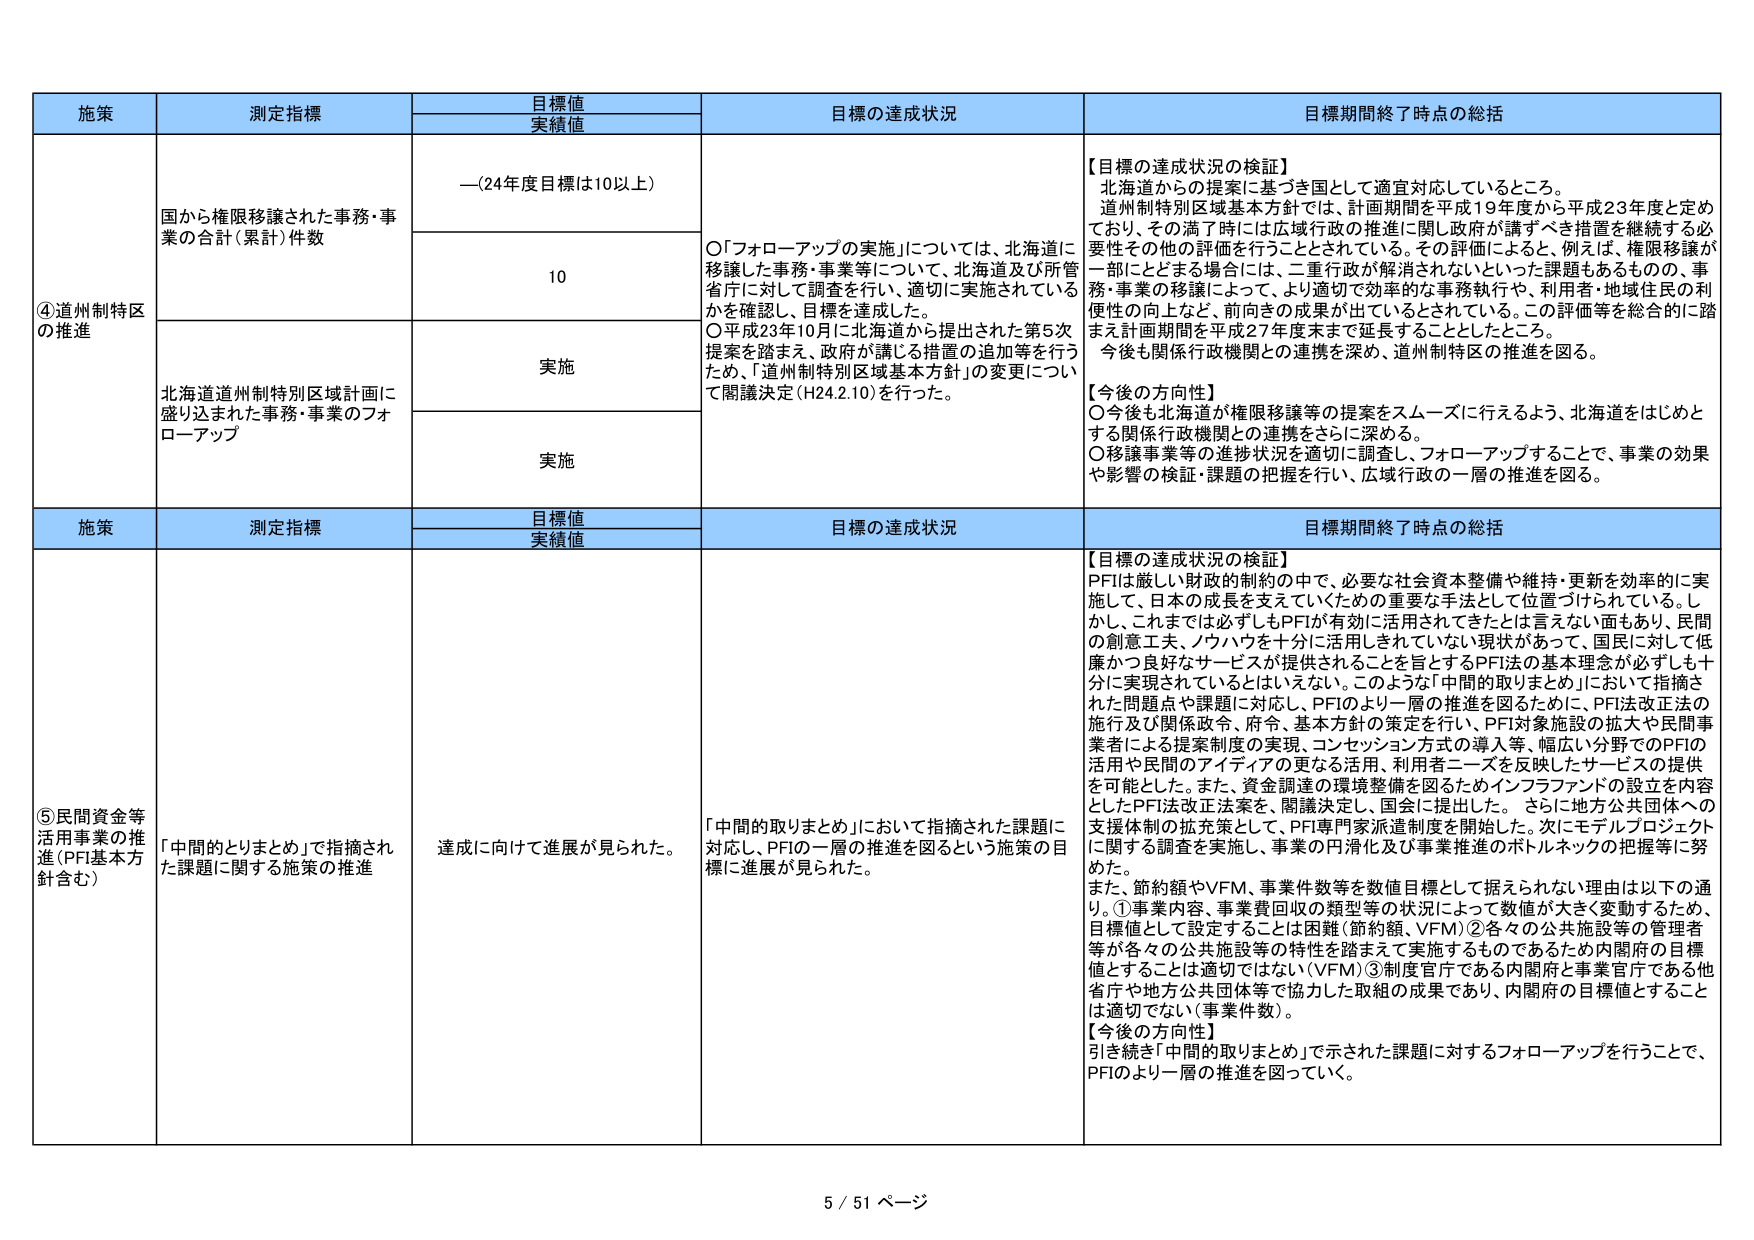
施策 測定指標 目標値 実績値 目標の達成状況 目標期間終了時点の総括
④道州制特区の推進 国から権限移譲された事務・事業の合計（累計）件数 —（24年度目標は10以上） ○「フォローアップの実施」については、北海道に移譲した事務・事業等について、北海道及び所管省庁に対して調査を行い、適切に実施されているかを確認し、目標を達成した。 ○平成23年10月に北海道から提出された第5次提案を踏まえ、政府が講じる措置の追加等を行うため、「道州制特別区域基本方針」の変更について議論決定（H24.2.10）を行った。 【目標の達成状況の検証】 北海道からの提案に基づき国として適宜対応しているところ。 道州制特別区域基本方針では、計画期間を平成19年度から平成23年度と定めており、その満了時には広域行政の推進に関し政府が講ずべき措置を継続する必要性その他の評価を行うこととされている。その評価によると、例えば、権限移譲が一部にとどまる場合には、二重行政が解消されないといった課題もあるものの、事務・事業の移譲によって、より適切で効率的な事務執行や、利用者・地域住民の利便性の向上など、前向きの成果が出ているとされている。この評価等を総合的に踏まえ計画期間を平成27年度末まで延長することとしたところ。 今後も関係行政機関との連携を深め、道州制特区の推進を図る。 【今後の方向性】 ○今後も北海道が権限移譲等の提案をスムーズに行えるよう、北海道をはじめとする関係行政機関との連携をさらに深める。 ○移譲事業等の進捗状況を適切に調査し、フォローアップすることで、事業の効果や影響の検証・課題の把握を行い、広域行政の一層の推進を図る。
北海道道州制特別区域計画に盛り込まれた事務・事業のフォローアップ 10 実施 実施
施策 測定指標 目標値 実績値 目標の達成状況 目標期間終了時点の総括
⑤民間資金等活用事業の推進（PFI基本方針含む） 「中間的とりまとめ」で指摘された課題に関する施策の推進 達成に向けて進展が見られた。 「中間的取りまとめ」において指摘された課題に対応し、PFIの一層の推進を図るという施策の目標に進展が見られた。 【目標の達成状況の検証】 PFIは厳しい財政的制約の中で、必要な社会資本整備や維持・更新を効率的に実施して、日本の成長を支えていくための重要な手法として位置づけられている。しかし、これまでは必ずしもPFIが有効に活用されてきたとは言えない面もあり、民間の創意工夫、ノウハウを十分に活用しきれていない現状があって、国民に対して低廉かつ良好なサービスが提供されることを旨とするPFI法の基本理念が必ずしも十分に実現されているとはいえない。このような「中間的取りまとめ」において指摘された問題点や課題に対応し、PFIのより一層の推進を図るために、PFI法改正法の施行及び関係政令・府令、基本方針の策定を行い、PFI対象施設の拡大や民間事業者による提案制度の実現、コンセッション方式の導入等、幅広い分野でのPFIの活用や民間のアイディアの更なる活用、利用者ニーズを反映したサービスの提供を可能とした。また、資金調達の環境整備を図るためインフラファンドの設立を内容としたPFI法改正法案を、閣議決定し、国会に提出した。さらに地方公共団体への支援体制の拡充策として、PFI専門家派遣制度を開始した。次にモデルプロジェクトに関する調査を実施し、事業の円滑化及び事業推進のボトルネックの把握等に努めた。 また、節約額やVFM、事業件数等を数値目標として据えられない理由は以下の通り。①事業内容、事業費回収の類型等の状況によって数値が大きく変動するため、目標値として設定することは困難（節約額、VFM）②各々の公共施設等の管理者等が各々の公共施設等の特性を踏まえて実施するものであるため内閣府の目標値とすることは適切ではない（VFM）③制度官庁である内閣府と事業官庁である他省庁や地方公共団体等で協力した取組の成果であり、内閣府の目標値とすることは適切でない（事業件数）。 【今後の方向性】 引き続き「中間的取りまとめ」で示された課題に対するフォローアップを行うことで、PFIのより一層の推進を図っていく。
5 / 51 ページ